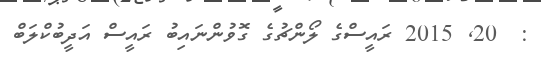
:  20